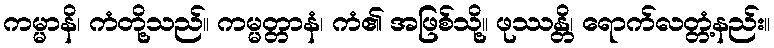
ကမ္မာနိ၊ ကံတို့သည်။ ကမ္မတ္တာနံ၊ ကံ၏ အဖြစ်သို့။ ဖုဿန္တိ၊ ရောက်လတ္တံ့နည်း။